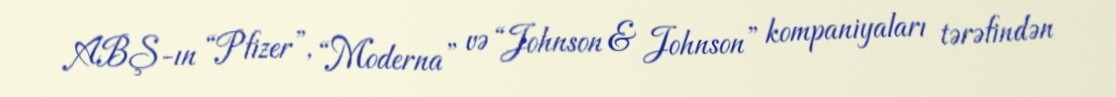
ABŞ-ın “Pfizer”, “Moderna” və “Johnson & Johnson” kompaniyaları tərəfindən